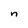
Character: n